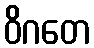
ဝိဂတေ